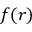
f ( r )